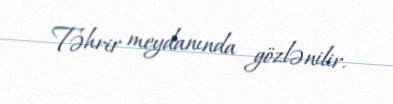
Təhrir meydanında gözlənilir.